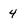
Character: 4